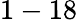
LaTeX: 1-18